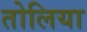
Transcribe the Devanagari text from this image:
तोलिया